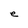
Character: e